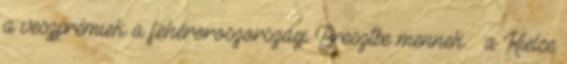
a veszprémiek a fehéroroszországi Bresztbe mennek – a Kielce